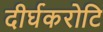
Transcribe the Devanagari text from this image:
दीर्घकरोटि